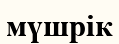
мүшрік